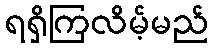
ရရှိကြလိမ့်မည်